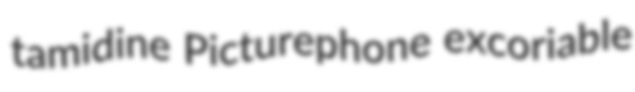
tamidine Picturephone excoriable